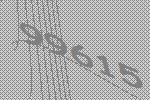
99615